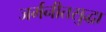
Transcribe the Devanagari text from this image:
जर्मनीतसुद्धा